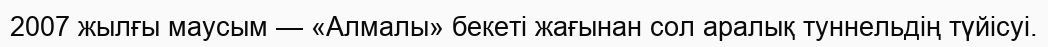
2007 жылғы маусым — «Алмалы» бекеті жағынан сол аралық туннельдің түйісуі.